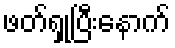
ဖတ်ရှုပြီးနောက်